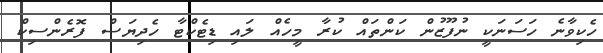
ހެކިވާނެ ހަސަނަކީ ނުފޫޒުން ކަންތައް ކުރާ މީހެއް ލައި ޑިޓެކްޓާ ހެދިޔަސް ފޮރެންސިކް